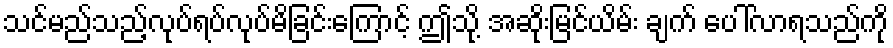
သင်မည်သည့်လုပ်ရပ်လုပ်မိခြင်းကြောင့် ဤသို့ အဆိုးမြင်ယိမ်း ချက် ပေါ်လာရသည်ကို